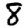
Digit: 8